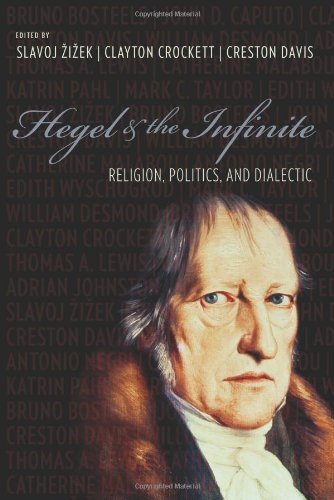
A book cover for Hegel and the Infinite: Religion, Politics, and Dialectic (Insurrections: Critical Studies in Religion, Politics, and Culture); Christian Books & Bibles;